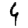
Digit: 4